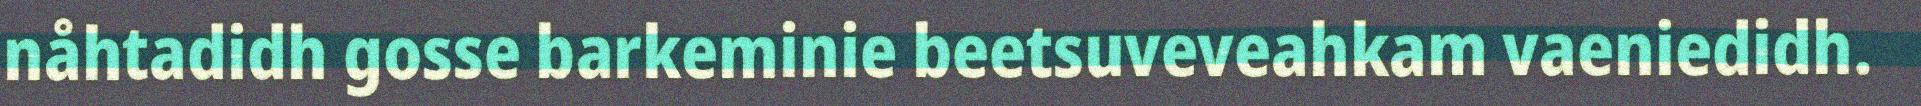
nåhtadidh gosse barkeminie beetsuveveahkam vaeniedidh.